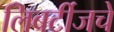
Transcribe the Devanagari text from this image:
लिबर्टीजचे